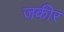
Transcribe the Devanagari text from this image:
जकीर